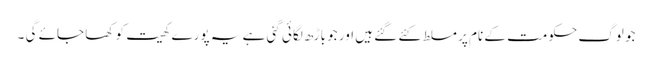
جو لوگ حکومت کے نام پر مسلط کئے گئے ہیں اور جو باڑھ لگائی گئی ہے یہ پورے کھیت کو کھا جائے گی ۔